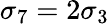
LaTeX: \sigma_{7}=2\sigma_{3}